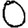
Digit: 0